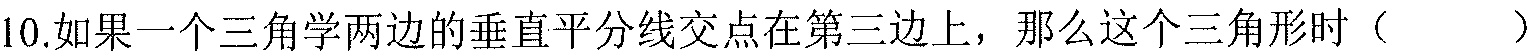
10.如果一个三角学两边的垂直平分线交点在第三边上，那么这个三角形时（  ）